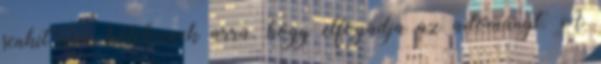
senkit nem köteleznek arra, hogy elfogadja az adományt. A